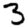
Digit: 3